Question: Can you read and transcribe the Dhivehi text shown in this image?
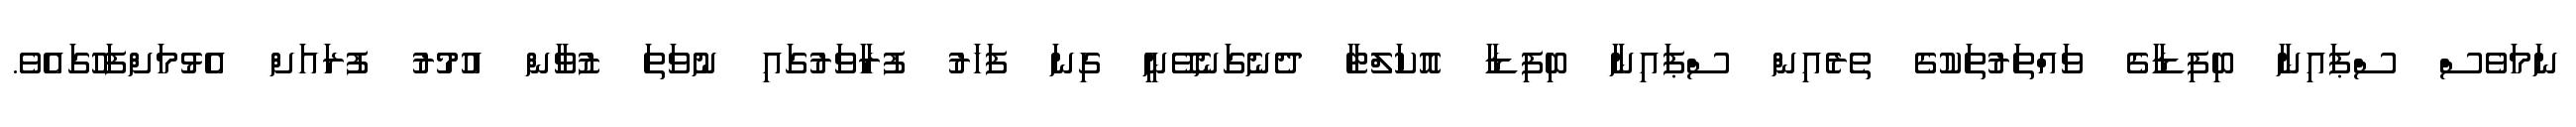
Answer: ނަމަވެސް ސްޕައިނާ ބިފިޑާގެ ވައްތަރުތަކުގެ ތެރެއިން ސްޕައިނާ ބިފިޑާ އޮކަލްޓާ ދެނެގަނެވޭނީ ގިނަ ފަހަރު ފުރާވަރުގައި ނުވަތަ ޒުވާން އުމުރު ފުރައަށް އެޅުމަށްފަހުގައެވެ.